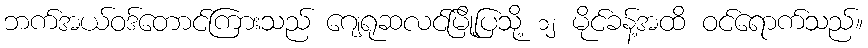
ဘက်အယ်ဝဒ်တောင်ကြားသည် ဂျေရုဆလင်မြို့ပြသို့ ၁၂ မိုင်ခန့်အထိ ဝင်ရောက်သည်။